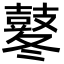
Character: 鼕